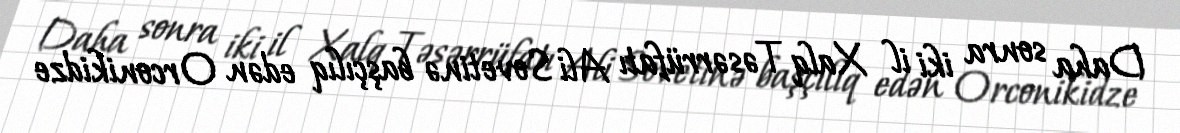
Daha sonra iki il Xalq Təsərrüfatı Ali Sovetinə başçılıq edən Orconikidze